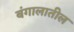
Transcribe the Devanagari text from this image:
बंगालातील